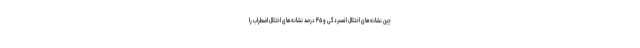
چین نشانه‌های اختلال افسردگی و ۴۵ درصد نشانه‌های اختلال اضطراب را